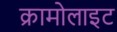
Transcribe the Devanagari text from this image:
क्रामोलाइट